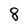
Character: 8